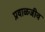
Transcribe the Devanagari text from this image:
प्रवाळजीव